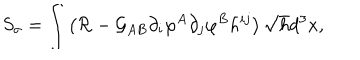
S _ { \sigma } = \int \left( { \cal R } - { \cal G } _ { A B } \partial _ { i } \varphi ^ { A } \partial _ { j } \varphi ^ { B } h ^ { i j } \right) \sqrt { h } d ^ { 3 } x ,